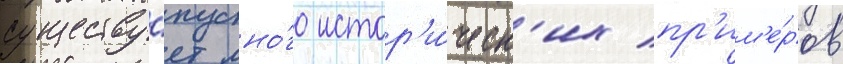
существу́ет мно́го истор'и́ческ'их пр'им'е́ров